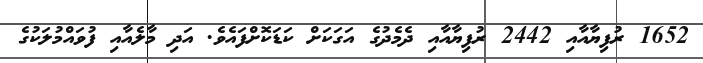
1652 ރުފިޔާއާއި 2442 ރުފިޔާއާއި ދެމެދުގެ އަގަކަށް ކަޑަކޮށްފައެވެ. އަދި މާލެއާއި ފުވައްމުލަކުގެ